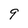
Character: 9